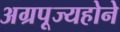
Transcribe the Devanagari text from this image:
अग्रपूज्यहोने